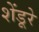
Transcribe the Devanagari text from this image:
शेंडूरे